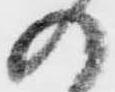
の